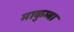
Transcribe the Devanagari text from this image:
माकुम्बा